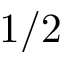
1 / 2